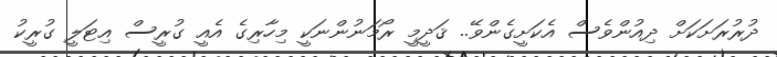
ދުރުރަށަކަށް ދިއުންވެސް އެކަށީގެންވޭ.. ޤަދީމީ ރޯމަނުންނަކީ މިހާރިގެ އެއީ ގުރީސް އިޓަލީ ގުރީކު